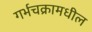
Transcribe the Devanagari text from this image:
गर्भचक्रामधील